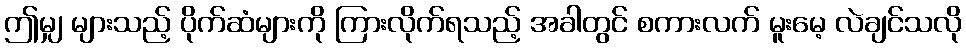
ဤမျှ များသည့် ပိုက်ဆံများကို ကြားလိုက်ရသည့် အခါတွင် စကားလက် မူးမေ့ လဲချင်သလို